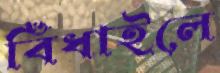
বিঁধাইলে